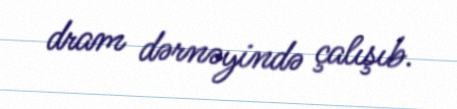
dram dərnəyində çalışıb.